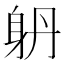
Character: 𨈝